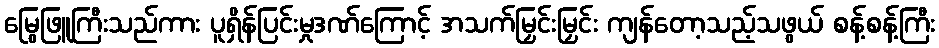
မြွေဖြူကြီးသည်ကား ပူရှိန်ပြင်းမှုဒဏ်ကြောင့် အသက်မြှင်းမြှင်း ကျန်တော့သည့်သဖွယ် စန့်စန့်ကြီး